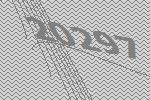
20297